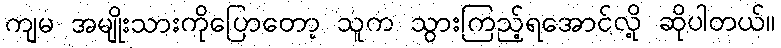
ကျမ အမျိုးသားကိုပြောတော့ သူက သွားကြည့်ရအောင်လို့ ဆိုပါတယ်။